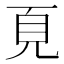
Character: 𩑋